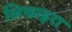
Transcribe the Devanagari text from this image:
लिफाइरा